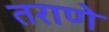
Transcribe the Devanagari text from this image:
तराणे